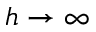
h \to \infty